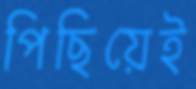
পিছিয়েই